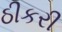
ઠીકરી